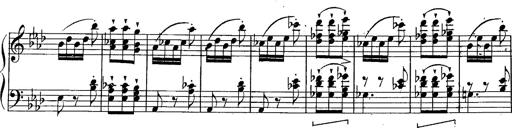
Title: Schubert's Impromptus [revised and edited by Franz Liszt]
Composer: Franz Liszt